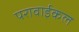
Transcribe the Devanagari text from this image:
परावाईकल